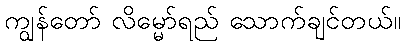
ကျွန်တော် လိမ္မော်ရည် သောက်ချင်တယ်။